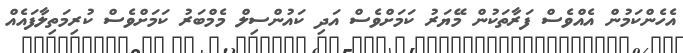
އެހެންކަމުން އެއްވެސް ފަރާތަކުން މޭޔަރު ކަމަށްވެސް އަދި ކައުންސިލް މެމްބަރު ކަމަށްވެސް ކުރިމަތިލާފައެއް